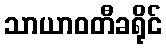
သာယာဝတီခရိုင်